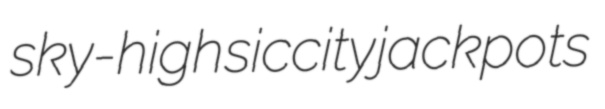
sky-high siccity jackpots